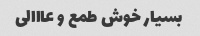
بسیار خوش طمع و عااالی